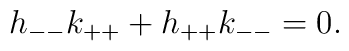
h_{--}k_{++} + h_{++}k_{--} = 0.